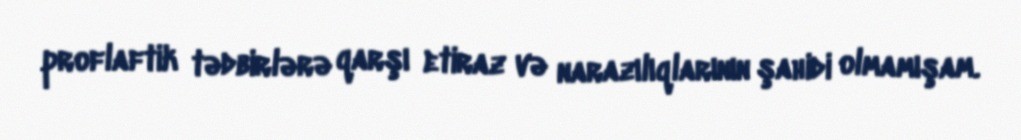
proflaftik tədbirlərə qarşı etiraz və narazılıqlarının şahidi olmamışam.